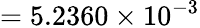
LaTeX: =5.2360\times 10^{-3}